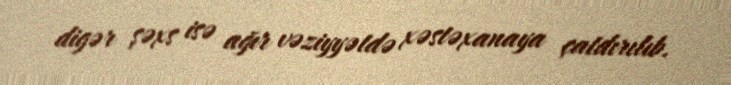
digər şəxs isə ağır vəziyyətdə xəstəxanaya çatdırılıb.